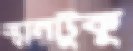
স্থানটুকু